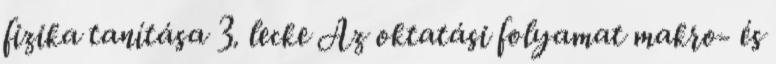
fizika tanítása 3. lecke Az oktatási folyamat makro- és